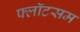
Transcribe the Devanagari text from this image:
फ्लॉटसम